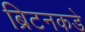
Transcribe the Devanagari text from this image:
ब्रिटनकडे